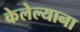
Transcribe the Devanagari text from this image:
केलेल्याना